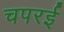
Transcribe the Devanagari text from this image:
चपरई